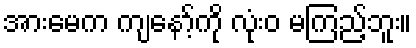
အားမေက ကျနော့်ကို လုံးဝ မကြည့်ဘူး။